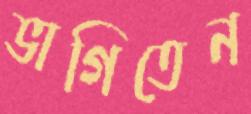
ভাগিতেন